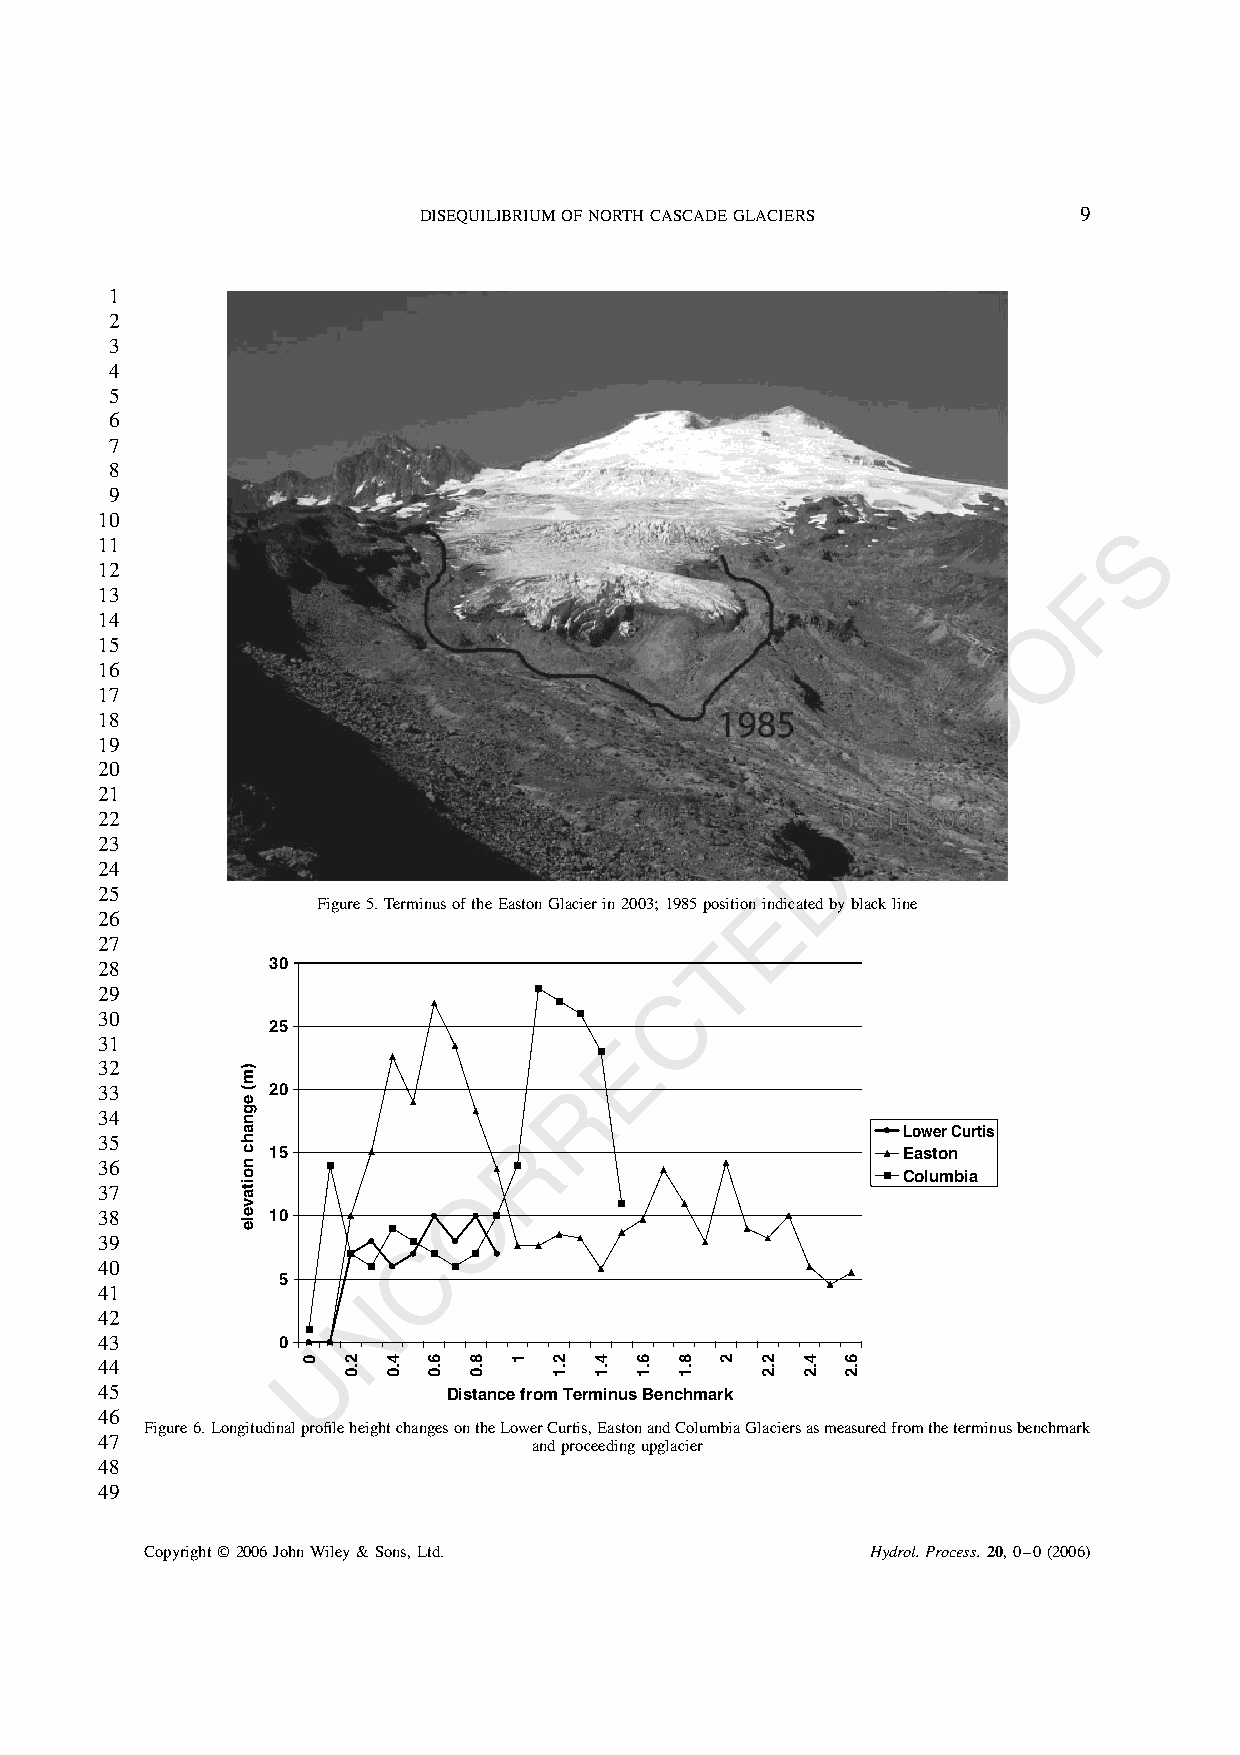
DISEQUILIBRIUMOFNORTHCASCADEGLACIERS       9
 1
 2
 3
 4
 5
 6
 7
 8
 9
 10
 S
 11
 12                                                               F
 13
 14                                                            O
 15
 16                                                         O
 17
 18
 R
 19
 20
 P
 21
 22
 23                                             D
 24
 25                                          E
 Figure5.TerminusoftheEastonGlacierin2003;1985positionindicatedbyblackline
 26
 27                                       T
 28          30
 C
 29
 30
 25
 31                                 E
 32
 33          20                  R
 34
 R                         Lower Curtis
 35
 15                                        Easton
 36
 Columbia
 37                       O
 38          10
 39                   C
 40
 5
 41                N
 42
 43          0 U
 44
 45                      Distance from Terminus Benchmark
 46
 Figure6.LongitudinalprofileheightchangesontheLowerCurtis,EastonandColumbiaGlaciersasmeasuredfromtheterminusbenchmark
 47                           andproceedingupglacier
 48
 49
 Copyright2006JohnWiley&Sons,Ltd.               Hydrol.Process.20,0–0(2006)
 )m(
 egnahc
 noitavele
 0  2.0 4.0 6.0 8.0 1 2.1 4.1 6.1 8.1 2 2.2 4.2 6.2